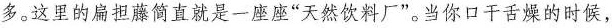
多。这里的扁担藤简直就是一座座”天然饮料厂”。当你口干舌燥的时候，